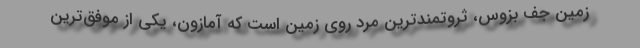
زمین جف بزوس، ثروتمندترین مرد روی زمین است که آمازون، یکی از موفق‌ترین